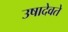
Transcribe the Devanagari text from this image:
उषादेवते